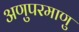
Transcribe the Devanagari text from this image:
अणुपरमाणु